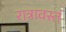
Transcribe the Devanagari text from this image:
रात्रावस्तं